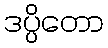
ဒပ္ပိတော